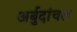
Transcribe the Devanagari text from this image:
अर्बुदांचल